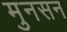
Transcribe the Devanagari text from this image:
मुनसन